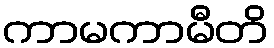
ကာမကာမီတိ